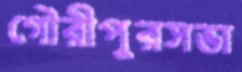
গৌরীপুরসভা